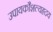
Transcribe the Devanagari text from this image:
उपायकौशल्यहृदय